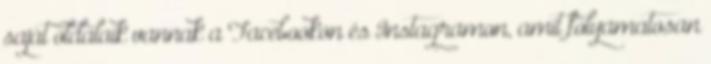
saját oldalaik vannak a Facebookon és Instagramon, amit folyamatosan